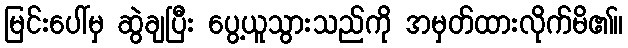
မြင်းပေါ်မှ ဆွဲချပြီး ပွေ့ယူသွားသည်ကို အမှတ်ထားလိုက်မိ၏။